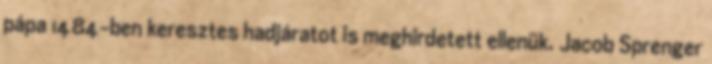
pápa 1484-ben keresztes hadjáratot is meghirdetett ellenük. Jacob Sprenger